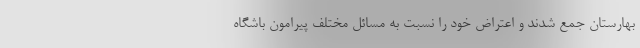
بهارستان جمع شدند و اعتراض خود را نسبت به مسائل مختلف پیرامون باشگاه